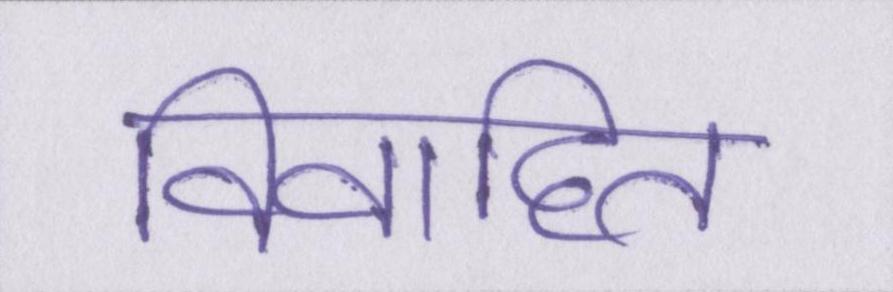
विवाहित